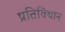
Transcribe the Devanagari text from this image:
प्रतिविधान